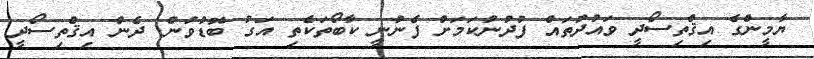
ޔާމީންގެ އިޤްތިސޯދީ ވައުދުތައް ފުދުނުކަމަށް ފެނުނީ ކާބޯތަކެތި އަގު ބޮޑުވުން. ދެން އިޤްތިސޯދީ